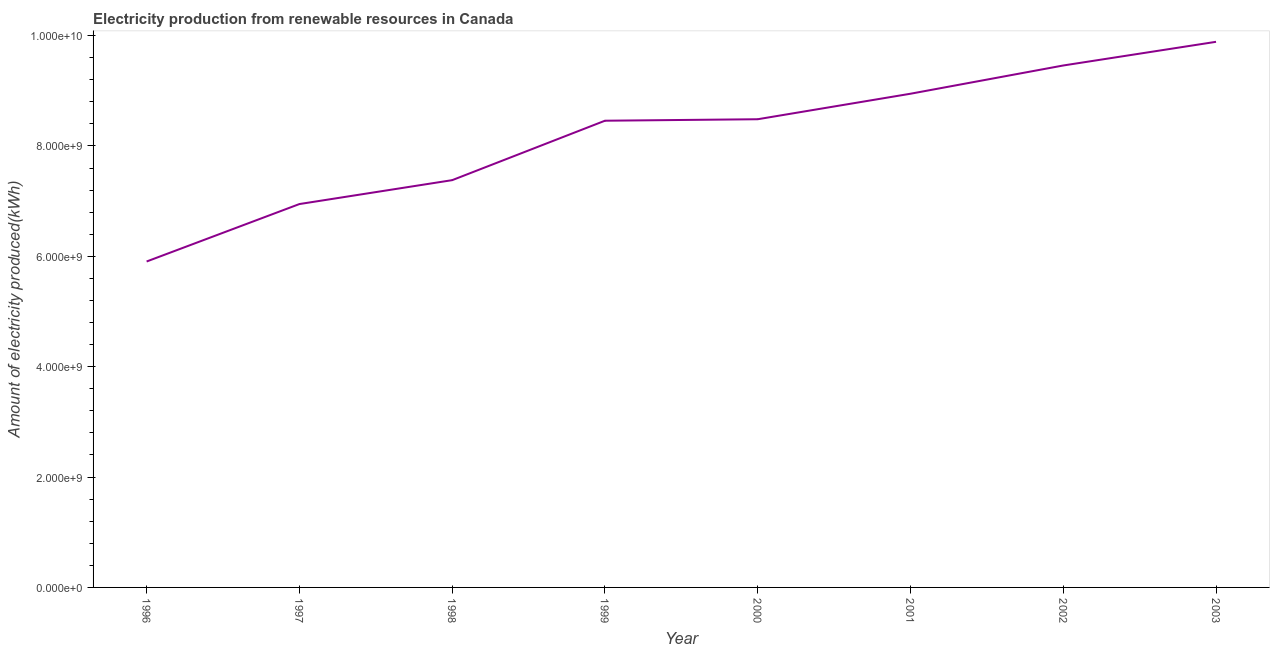
| Year | Electricity production from renewable sources |
 | --- | --- |
 | 1996 | 5.91e+09 |
 | 1997 | 6.95e+09 |
 | 1998 | 7.38e+09 |
 | 1999 | 8.46e+09 |
 | 2000 | 8.48e+09 |
 | 2001 | 8.95e+09 |
 | 2002 | 9.46e+09 |
 | 2003 | 9.89e+09 |